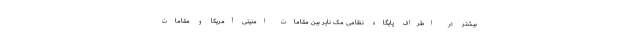
بیشتر در اطراف پایگاه نظامی مک نایر بین مقامات امنیتی آمریکا و مقامات